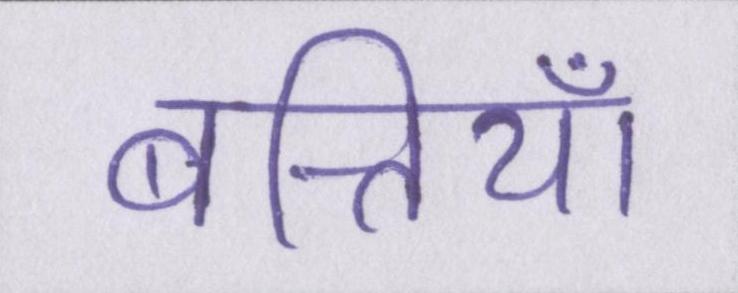
बत्तियाँ